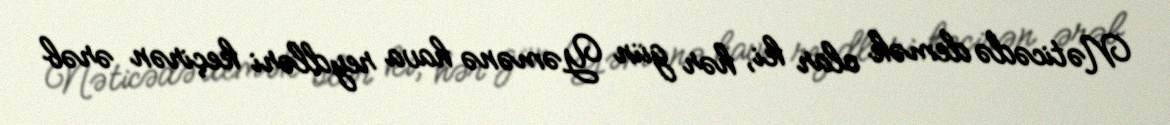
Nəticədə demək olar ki, hər gün Yəmənə hava reydləri keçirən ərəb